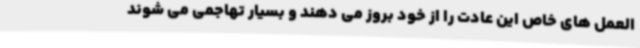
العمل های خاص این عادت را از خود بروز می دهند و بسیار تهاجمی می شوند